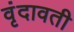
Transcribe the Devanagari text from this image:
वृंदावती